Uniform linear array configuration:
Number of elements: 4
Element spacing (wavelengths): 0.5
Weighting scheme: binomial
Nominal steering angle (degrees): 15
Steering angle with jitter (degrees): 13.986
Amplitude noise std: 0.05
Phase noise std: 0.05

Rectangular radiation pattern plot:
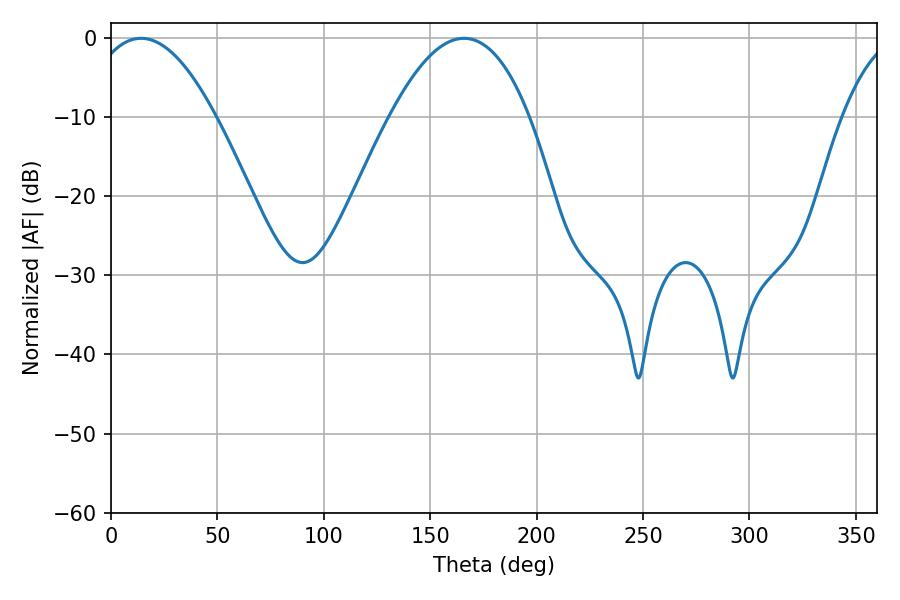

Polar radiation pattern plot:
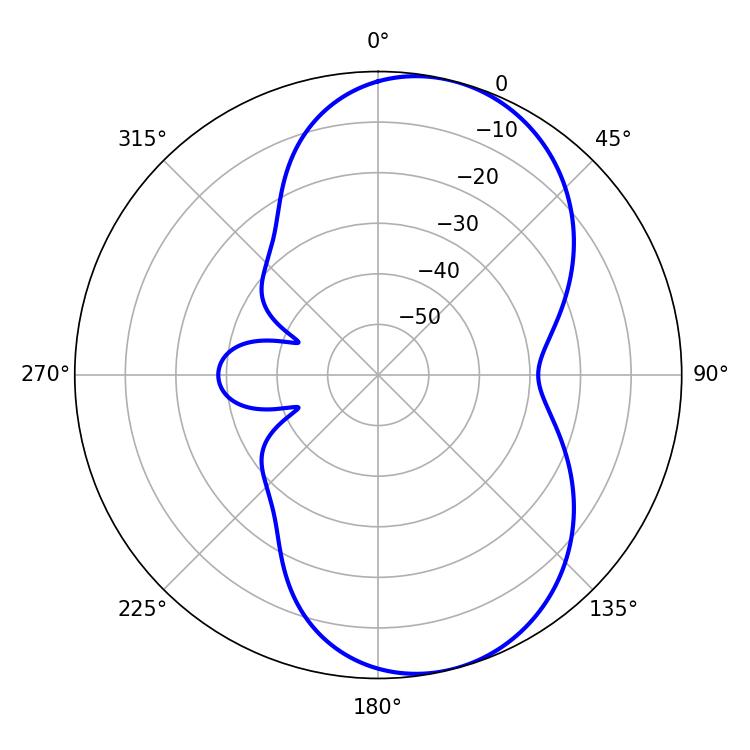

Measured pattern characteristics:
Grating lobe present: FALSE
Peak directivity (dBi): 7.559
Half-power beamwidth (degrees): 32.76
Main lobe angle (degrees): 14.04